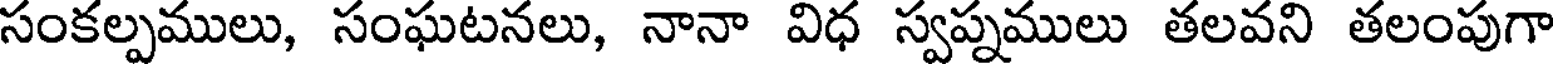
సంకల్పములు, సంఘటనలు, నానా విధ స్వప్నములు తలవని తలంపుగా